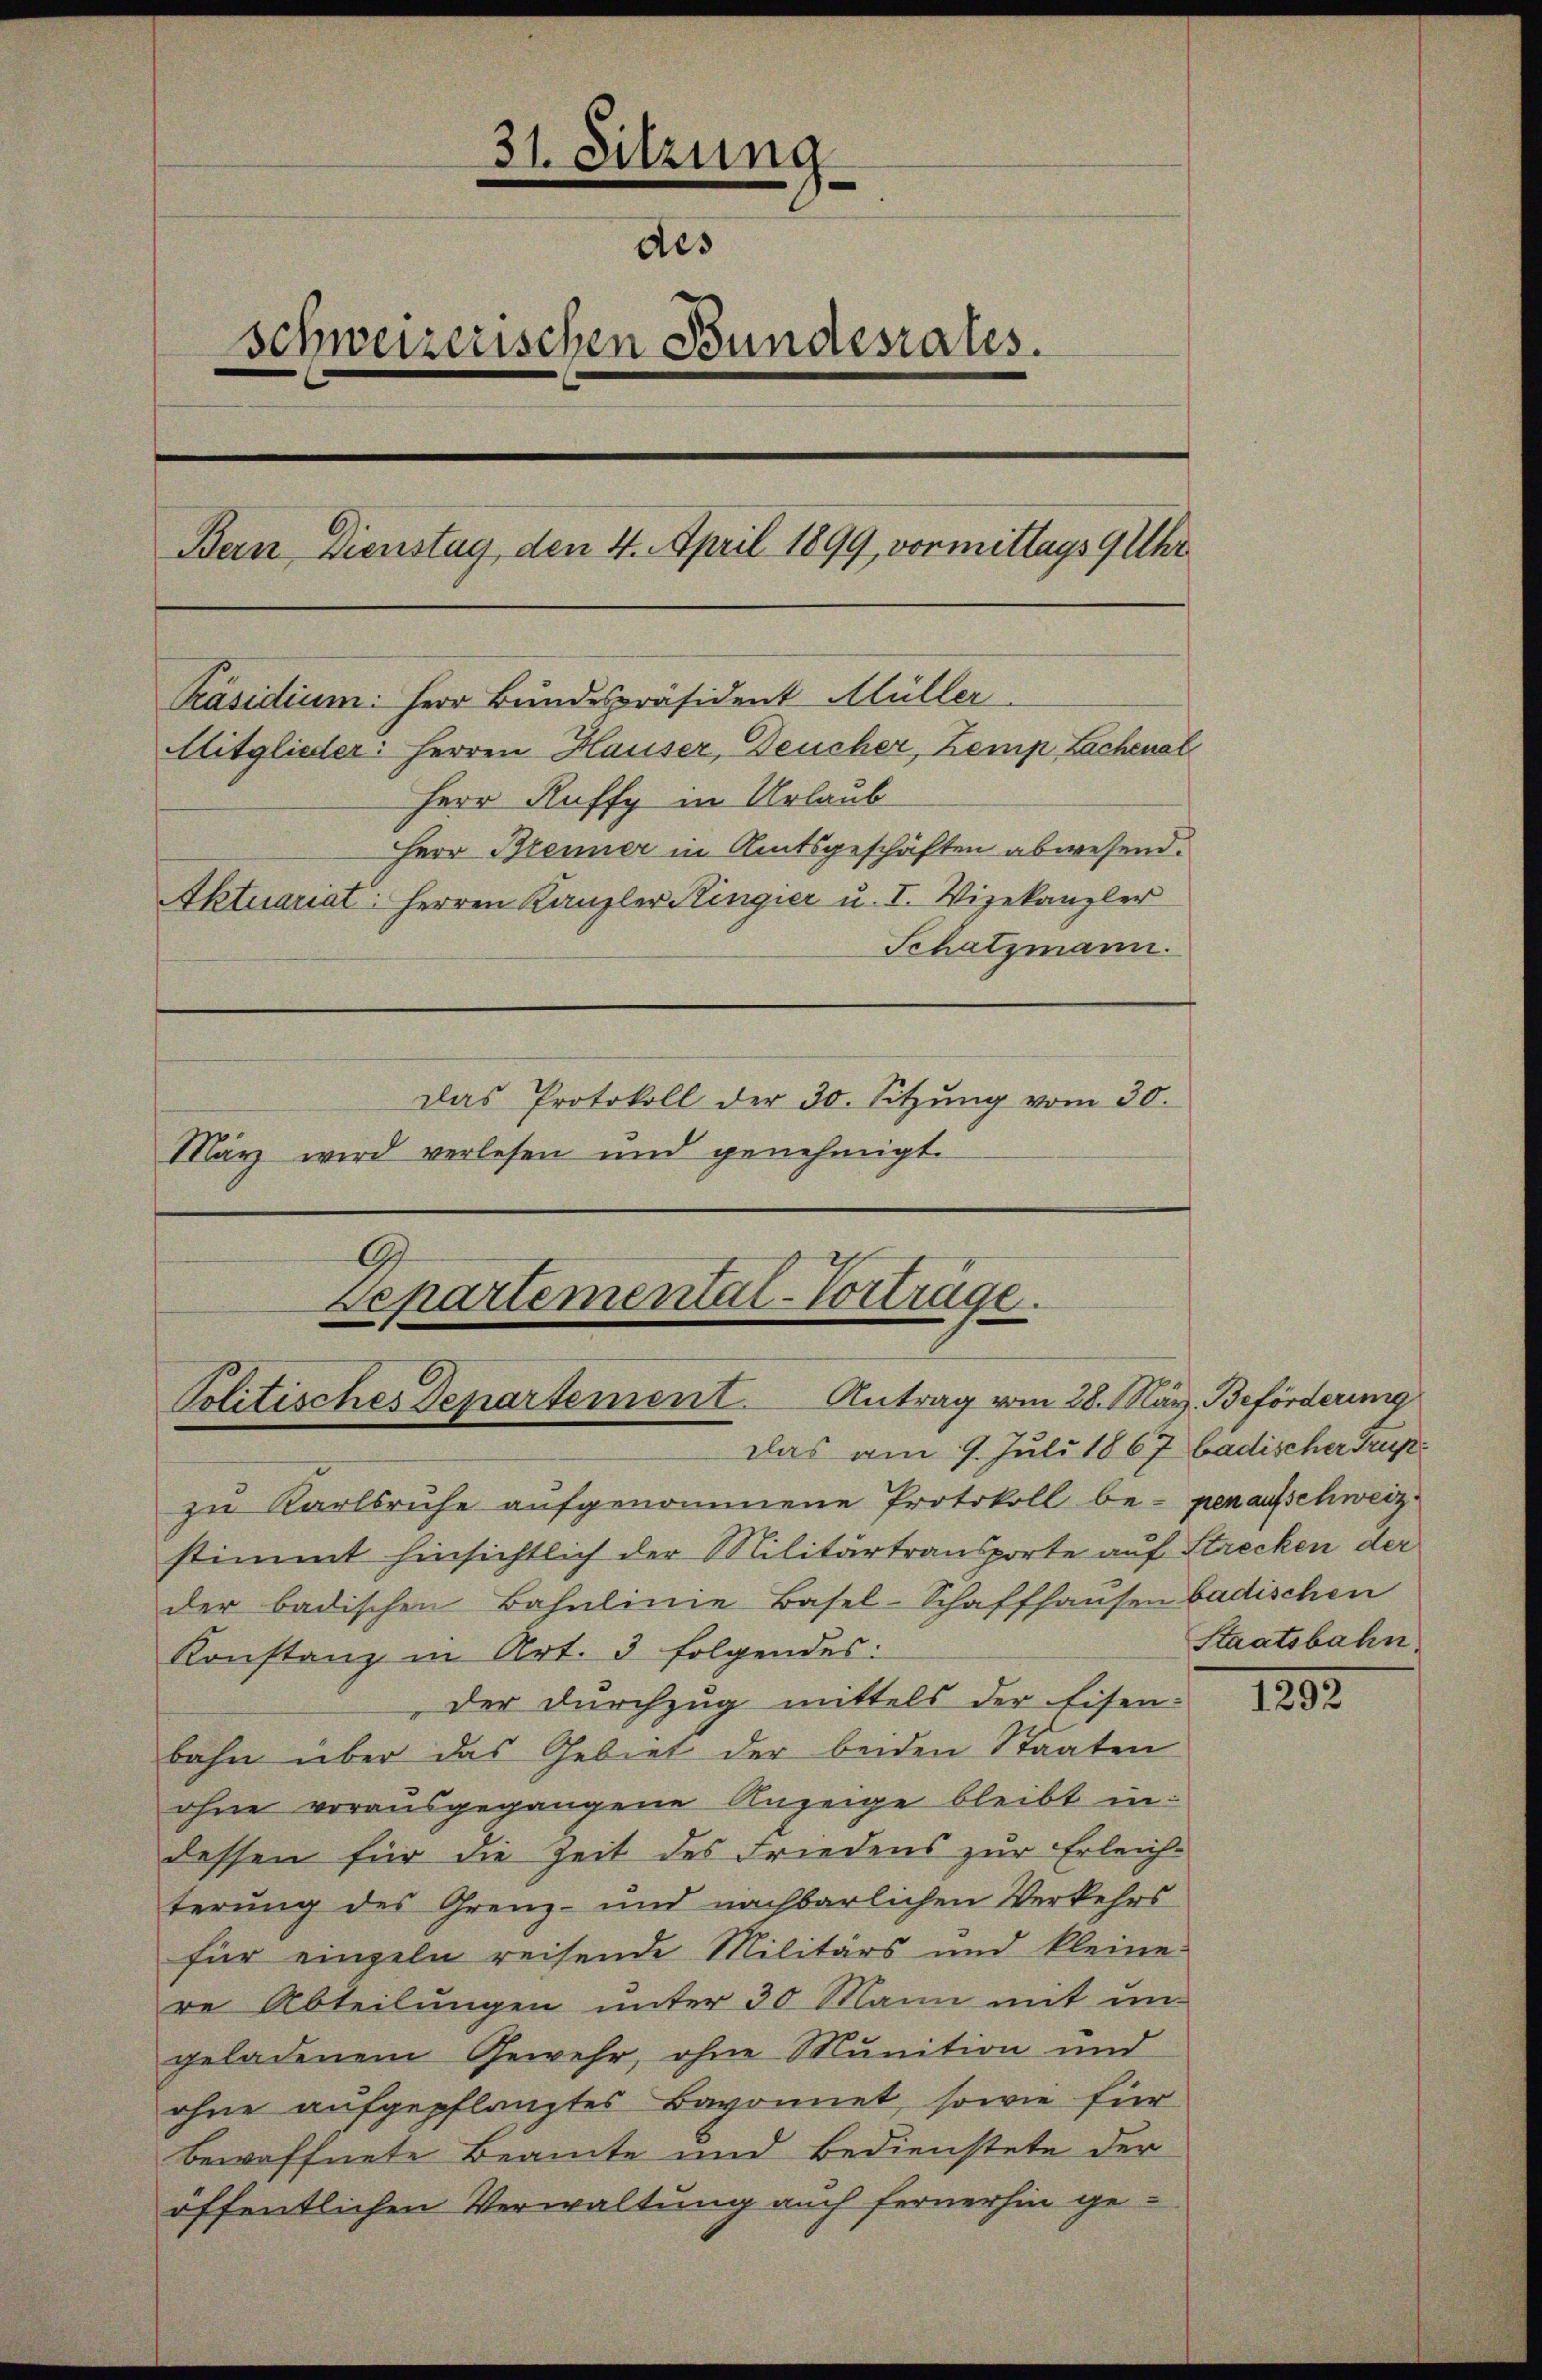
31. Sitzung.
des
schweizerischen Bundesrates.
Bern Dienstag, den 4. April 1899, vormittags 9 Uhr
Präsidium: Herr Bundespräsident Müller
Mitglieder: Herren Hauser, Deucher, Zemp Lachenal
Herr Ruffy in Urlaub
Herr Brenner in Amtsgeschäften abwesend.
Aktuariat: Herren Kanzler Kingier u. I. Vizekanzler
Schatzmann.
Das Protokoll der 30. Sitzŭng vom 30.
März wird verlesen und genehmigt.

)
Departemental-Vorträge.
Politisches Departement. Antrag vom 28. März. Beförderung
das am 9. Juli 1867 badischer Trup¬

zu Karlsruhe aufgenommene Protokoll be- penaufschweiz.
stimmt hinsichtlich der Militärtransporte auf Strecken der
der badischen Bahnlinie Basel-Schaffhausen badischen
Konstanz in Art. 3 folgendes:
der Durchzug mittels der Eisen-
bahn über das Gebiet der beiden Staaten
ohne vorausgegangene Anzeige bleibt in
dessen für die Zeit des Friedens zur Erleichterung des Grenz- und nachbarlichen Verkehrs
für einzeln reisende Militärs und kleine
re Abteilungen unter 30 Mann mit un
geladenem Gewehr, ohne Munition und
ohne aufgepflanztes Bavonnet, sowie für
bewaffnete Beamte und Bedienstete der
öffentlichen Verwaltung auch fernerhin ge¬

Staatsbahn

1292